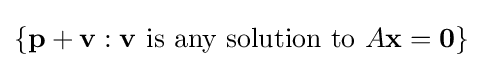
\left\{\mathbf {p} +\mathbf {v} :\mathbf {v} {\text{ is any solution to }}A\mathbf {x} =\mathbf {0} \right\}